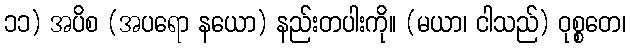
၁၁) အပိစ (အပရော နယော) နည်းတပါးကို။ (မယာ၊ ငါသည်) ဝုစ္စတေ၊